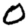
Digit: 0